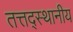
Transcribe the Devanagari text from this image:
तत्तद्स्थानीय